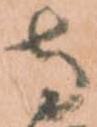
寺